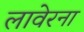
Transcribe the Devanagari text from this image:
लावेरना